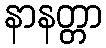
နာနတ္တာ